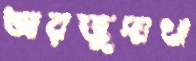
আরজুদাখা